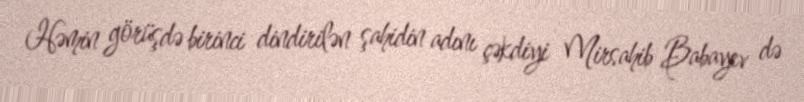
Həmin görüşdə birinci dindirilən şahidin adını çəkdiyi Mirsahib Babayev də